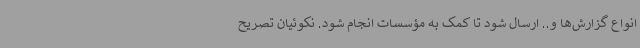
انواع گزارش‌ها و.. ارسال شود تا کمک به مؤسسات انجام شود. نکوئیان تصریح